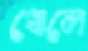
খোলে